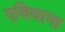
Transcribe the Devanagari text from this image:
एवियाना